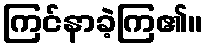
ကြင်နာခဲ့ကြ၏။